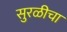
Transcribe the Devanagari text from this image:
सुरळीचा